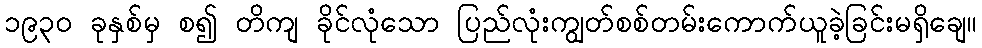
၁၉၃၀ ခုနှစ်မှ စ၍ တိကျ ခိုင်လုံသော ပြည်လုံးကျွတ်စစ်တမ်းကောက်ယူခဲ့ခြင်းမရှိချေ။